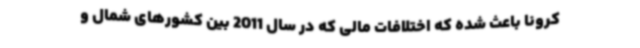
کرونا باعث شده که اختلافات مالی که در سال 2011 بین کشورهای شمال و